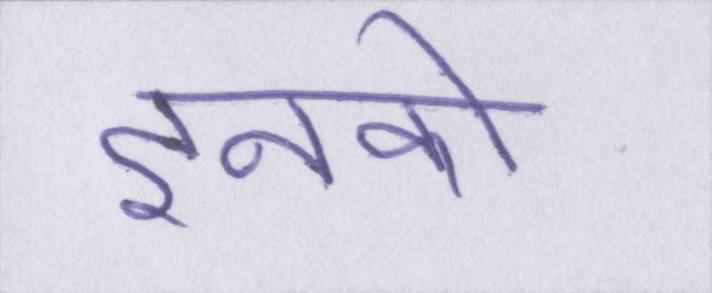
इनको